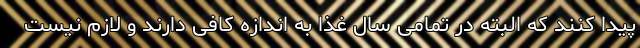
پیدا کنند که البته در تمامی سال غذا به اندازه کافی دارند و لازم نیست